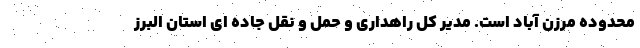
محدوده مرزن آباد است. مدیر کل راهداری و حمل و نقل جاده ای استان البرز